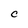
Character: C